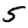
Digit: 5